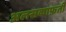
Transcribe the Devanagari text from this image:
अलसकाफ़ती